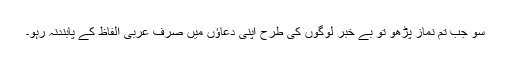
سو جب تم نماز پڑھو تو بے خبر لوگوں کی طرح اپنی دعاؤں میں صرف عربی الفاظ کے پابندنہ رہو۔